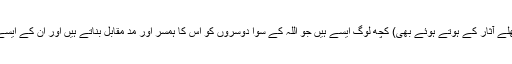
(مگر وحدت خداوندی پر دلالت کرنے والے ان کھلے کھلے آثار کے ہوتے ہوئے بھی) کچھ لوگ ایسے ہیں جو اللہ کے سوا دوسروں کو اس کا ہمسر اور مد مقابل بناتے ہیں اور ان کے ایسے گرویدہ ہیں جیسی اللہ کے ساتھ گرویدگی ہونی چاہئے۔